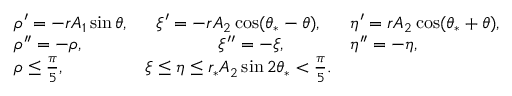
\begin{array} { r l r l } & { \rho ^ { \prime } = - r A _ { 1 } \sin \theta , } & { \xi ^ { \prime } = - r A _ { 2 } \cos ( \theta _ { * } - \theta ) , \ \ } & { \eta ^ { \prime } = r A _ { 2 } \cos ( \theta _ { * } + \theta ) , } \\ & { \rho ^ { \prime \prime } = - \rho , } & { \xi ^ { \prime \prime } = - \xi , \ \ \ \ \ \ \ \ } & { \eta ^ { \prime \prime } = - \eta , } \\ & { \rho \le \frac { \pi } { 5 } , } & { \xi \le \eta \le r _ { * } A _ { 2 } \sin 2 \theta _ { * } < \frac { \pi } { 5 } . } \end{array}